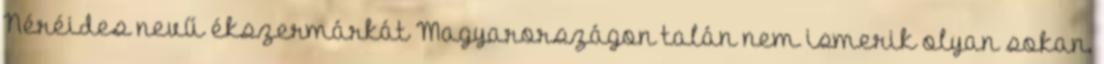
Néréides nevű ékszermárkát Magyarországon talán nem ismerik olyan sokan,